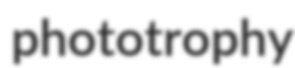
phototrophy